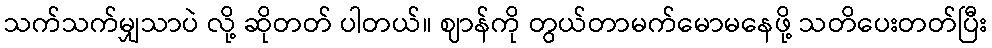
သက်သက်မျှသာပဲ လို့ ဆိုတတ် ပါတယ်။ ဈာန်ကို တွယ်တာမက်မောမနေဖို့ သတိပေးတတ်ပြီး